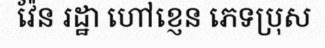
វ៉ែន រដ្ឋា ហៅខ្ញេន ភេទប្រុស